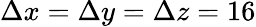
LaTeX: \Delta x=\Delta y=\Delta z=16